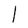
Character: I